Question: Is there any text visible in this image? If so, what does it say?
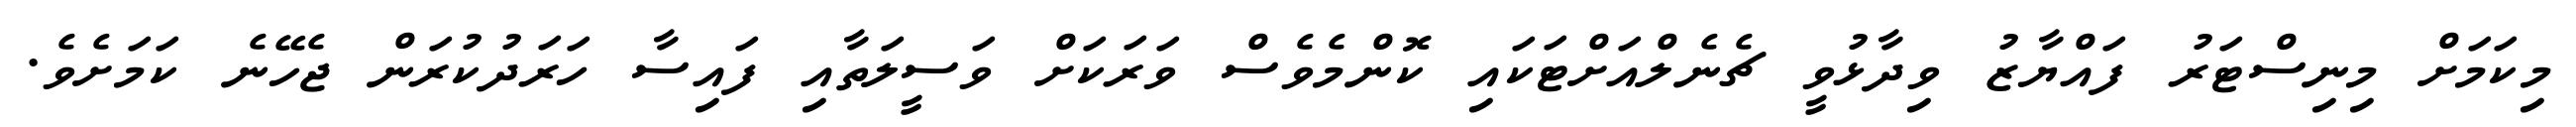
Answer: މިކަމަށް މިނިސްޓަރު ފައްޔާޒު ވިދާޅުވީ ޗެނެލްއަށްޓަކައި ކޮންމެވެސް ވަރަކަށް ވަސީލަތާއި ފައިސާ ހަރަދުކުރަން ޖެހޭނެ ކަމަށެވެ.